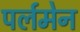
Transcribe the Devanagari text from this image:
पर्लमेन